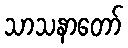
သာသနာတော်